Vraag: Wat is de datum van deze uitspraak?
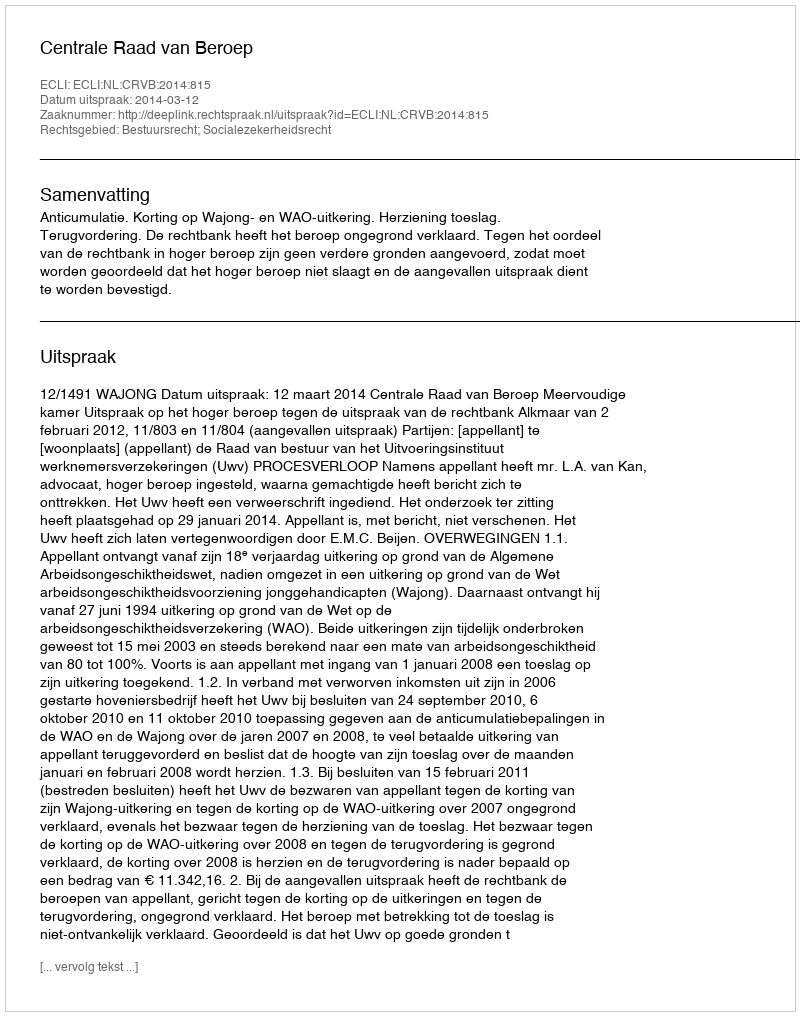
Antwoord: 2014-03-12